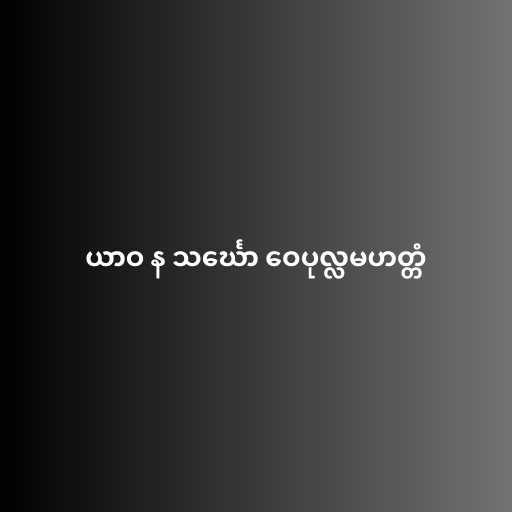
ယာဝ န သင်္ဃော ဝေပုလ္လမဟတ္တံ